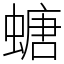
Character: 螗